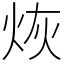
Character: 烣